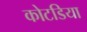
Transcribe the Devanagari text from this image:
कोटडिया